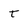
Character: t